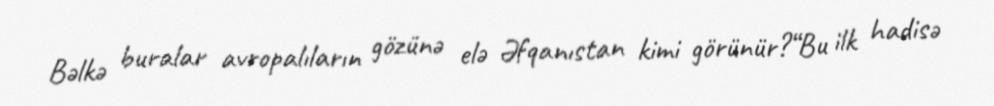
Bəlkə buralar avropalıların gözünə elə Əfqanıstan kimi görünür?“Bu ilk hadisə